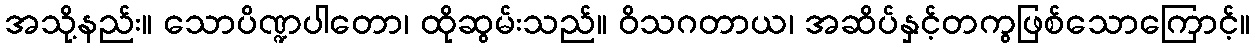
အသို့နည်း။ သောပိဏ္ဍပါတော၊ ထိုဆွမ်းသည်။ ဝိသဂတာယ၊ အဆိပ်နှင့်တကွဖြစ်သောကြောင့်။